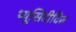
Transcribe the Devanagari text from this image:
थ्यूसिदीदिज़